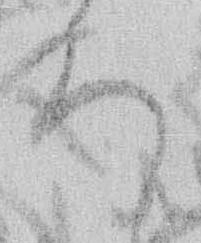
ろ